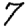
Digit: 7